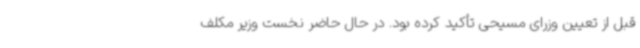
قبل از تعیین وزرای مسیحی تأکید کرده بود. در حال حاضر نخست وزیر مکلف